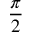
\frac { \pi } { 2 }